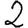
Digit: 2